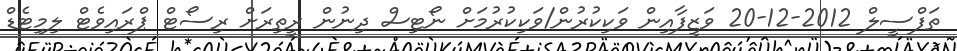
ތަފްސީލް 2012-12-20 ވަޒީފާއިން ވަކިކުރުން/ވަކިކުރުމަށް ނޯޓިސް ދިނުން ރީތިރަށް ރިސޯޓް ޕްރައިވެޓް ލިމިޓެޑް